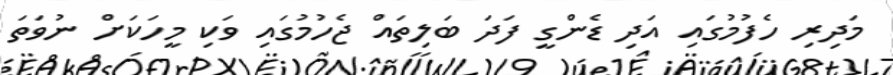
މަދިރި ހެފުމުގައި އަދި ޑެންގީ ފަދަ ބަލިތައް ޖެހުމުގައި ވަކި މީހަކަށް ނުވަތަ